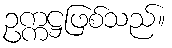
ဥက္ကဋ္ဌဖြစ်သည်။